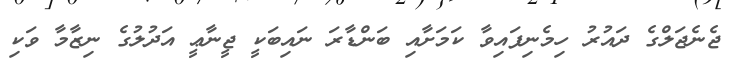
ޖެނެޖަލްގެ ދައުރު ހިމެނިފައިވާ ކަމަށާއި ބަންޑާރަ ނައިބަކީ ޖީނާޢީ އަދުލުގެ ނިޒާމާ ވަކި